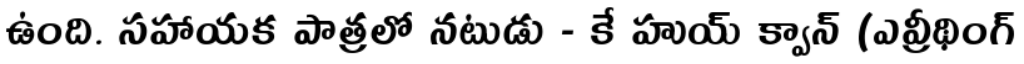
ఉంది. సహాయక పాత్రలో నటుడు - కే హుయ్ క్వాన్ (ఎవ్రీథింగ్